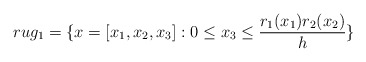
\begin{align*}rug_1= \{ x=[x_1,x_2,x_3]: 0 \leq x_3 \leq \frac{r_1 (x_1) r_2 (x_2)}{h} \}\end{align*}